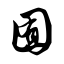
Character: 囿